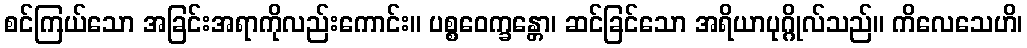
စင်ကြယ်သော အခြင်းအရာကိုလည်းကောင်း။ ပစ္စဝေက္ခန္တော၊ ဆင်ခြင်သော အရိယာပုဂ္ဂိုလ်သည်။ ကိလေသေဟိ၊